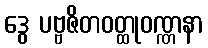
ဒွေ ပဗ္ဗဇိတဝတ္ထုဝဏ္ဏနာ